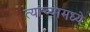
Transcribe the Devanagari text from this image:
त्‍यांच्‍यामध्‍ये